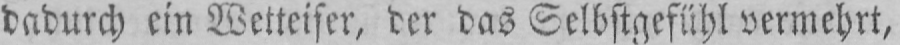
dadurch ein Wetteifer, der das Selbstgefühl vermehrt,